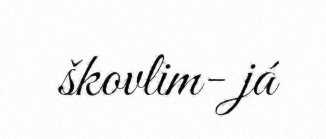
škovlim- já